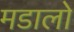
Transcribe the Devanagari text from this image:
मडालो